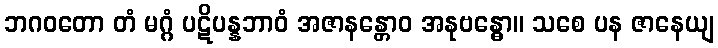
ဘဂဝတော တံ မဂ္ဂံ ပဋိပန္နဘာဝံ အဇာနန္တောဝ အနုဗန္ဓော။ သစေ ပန ဇာနေယျ